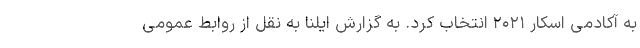
به آکادمی اسکار ۲۰۲۱ انتخاب کرد. به گزارش ایلنا به نقل از روابط عمومی